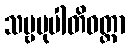
သဗ္ဗမုပါတိဝတ္တာ